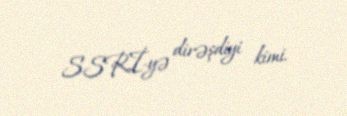
SSRİ-yə dirəşdiyi kimi.